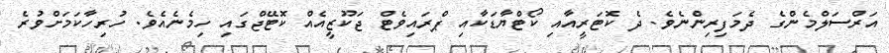
އަރްސަލްމެންގެ ދެމަފިރިންނެވެ. ދެ ކޮޓަރީއާއި ކޯޓްޔާޑަކާއި ޕްރައިވެޓް ޖަކޫޒީއެއް ކޮޓޭޖްގައި ހިމެނެއެވެ. ހުރިހާކަމަށްވުރެ